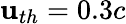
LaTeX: \mathbf{u}_{th}=0.3c